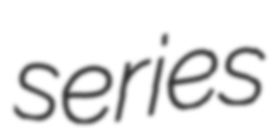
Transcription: series